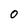
Character: 0